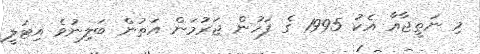
މި ނަތީޖާއާ އެކު 1995 ގެ ފަހުން ޖަރުމަން އަތުން ބަލިނުވެ އިޓަލީ